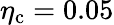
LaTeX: \eta_{\mathrm{c}}=0.05